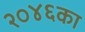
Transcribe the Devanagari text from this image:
२०४६का